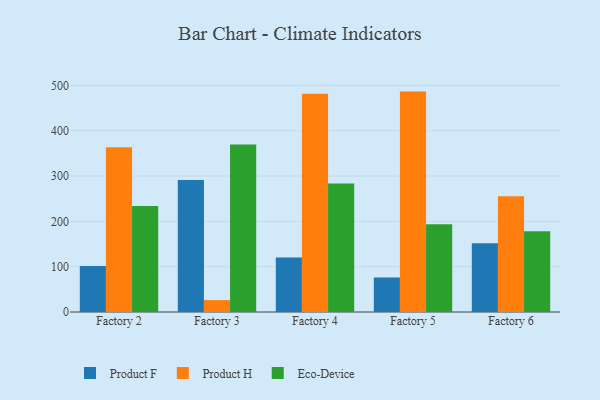
{"axis": {"x": "Factory", "y": "Operating Costs (USD K)"}, "legend": ["Eco-Device", "Product F", "Product H"], "data": [{"x": "Factory 2", "y": 101.7, "type": "Product F"}, {"x": "Factory 2", "y": 363.4, "type": "Product H"}, {"x": "Factory 2", "y": 233.9, "type": "Eco-Device"}, {"x": "Factory 3", "y": 291.3, "type": "Product F"}, {"x": "Factory 3", "y": 26.3, "type": "Product H"}, {"x": "Factory 3", "y": 369.7, "type": "Eco-Device"}, {"x": "Factory 4", "y": 120.1, "type": "Product F"}, {"x": "Factory 4", "y": 481.8, "type": "Product H"}, {"x": "Factory 4", "y": 283.5, "type": "Eco-Device"}, {"x": "Factory 5", "y": 76.2, "type": "Product F"}, {"x": "Factory 5", "y": 486.4, "type": "Product H"}, {"x": "Factory 5", "y": 193.8, "type": "Eco-Device"}, {"x": "Factory 6", "y": 151.7, "type": "Product F"}, {"x": "Factory 6", "y": 255.3, "type": "Product H"}, {"x": "Factory 6", "y": 178.1, "type": "Eco-Device"}]}